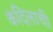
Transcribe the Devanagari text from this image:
कंदिलाची